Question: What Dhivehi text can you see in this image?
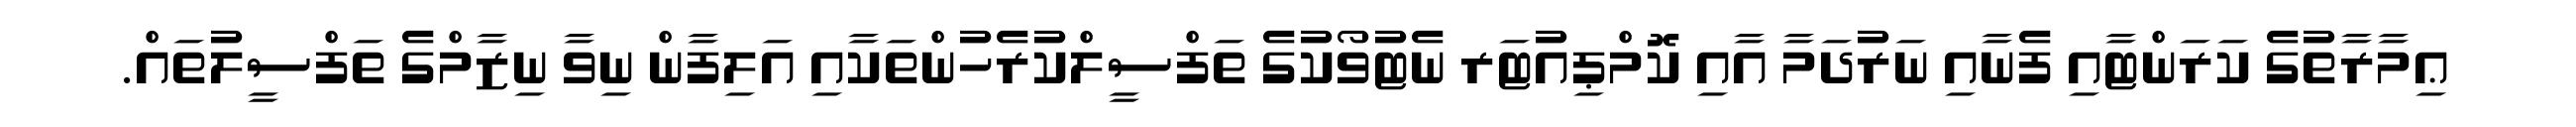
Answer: ޢިމާރާތުގެ ކަރަންޓާއި ފެނާއި ނަރުދަމާ އާއި ކޮމްޕިއުޓަރ ނެޓުވޯކުގެ ތަފްސީލްކުރެހުންތަކާއި އަލިފާން ނިވާ ނިޒާމްގެ ތަފްސީލުތައް.